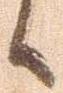
候